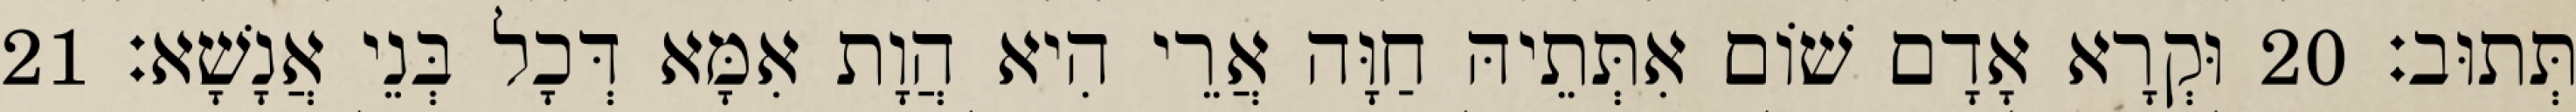
תְּתוּב׃ 20 וּקְרָא אָדָם שׁוֹם אִתְּתֵיהּ חַוָּה אֲרֵי הִיא הֲוָת אִמָּא דְּכָל בְּנֵי אֲנָשָׁא׃ 21